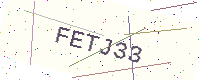
Text: FETJ33